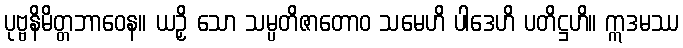
ပုဗ္ဗနိမိတ္တဘာဝေန။ ယဉှိ သော သမ္ပတိဇာတောဝ သမေဟိ ပါဒေဟိ ပတိဋ္ဌဟိ။ ဣဒမဿ